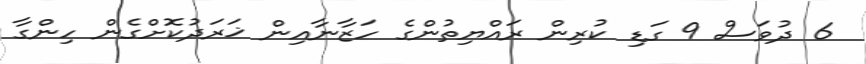
6 ދުވަސް 9 ގަޑި ކުރިން ރައްޔިތުންގެ ހަޒާނާއިން ޚަރަދުކޮށްގެން ހިންގާ